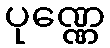
ပုဏ္ဏေ